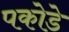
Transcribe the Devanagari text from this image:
पकोडे